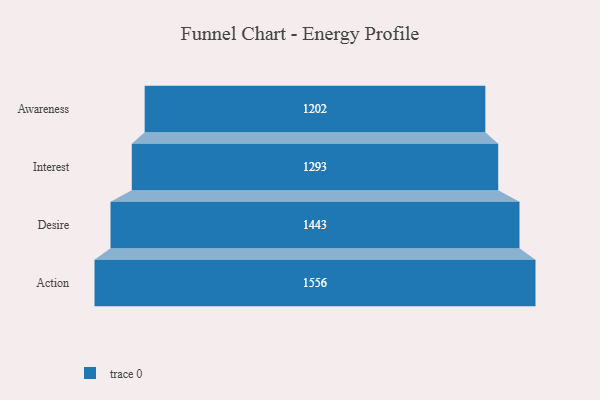
{"axis": {"x": "Stage", "y": "Value"}, "legend": [""], "data": [{"x": "Awareness", "y": 1202.0, "type": ""}, {"x": "Interest", "y": 1293.0, "type": ""}, {"x": "Desire", "y": 1443.0, "type": ""}, {"x": "Action", "y": 1556.0, "type": ""}]}